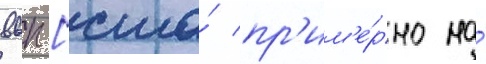
ввп [сша́ пр'им'е́рно на́